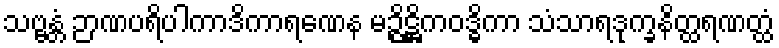
သဗ္ဗန္တံ ဉာဏပရိပါကာဒိကာရဏေန မဉ္ဇိဋ္ဌိကဝဒ္ဓိကာ သံသာရဒုက္ခနိတ္ထရဏတ္ထံ